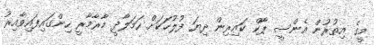
މީގެ އިތުރުން އެންސީ ޕާކް ކައިރިން ދިޔަ ފުލުހަކަށް ހަމަލާދީ މާރާމާރީ ހިންގައިފައިވާއިރު